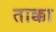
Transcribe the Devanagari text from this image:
ताक्का